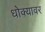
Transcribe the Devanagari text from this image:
धोक्यावर